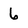
Character: 6